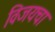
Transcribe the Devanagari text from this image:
विजयचा